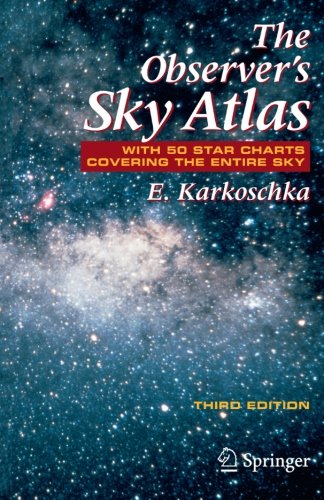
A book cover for The Observer's Sky Atlas: With 50 Star Charts Covering the Entire Sky; Erich Karkoschka; Science & Math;